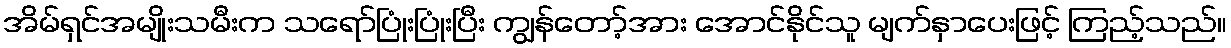
အိမ်ရှင်အမျိုးသမီးက သရော်ပြုံးပြုံးပြီး ကျွန်တော့်အား အောင်နိုင်သူ မျက်နှာပေးဖြင့် ကြည့်သည်။